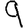
Digit: 9